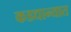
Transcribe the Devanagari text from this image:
कडधान्यात